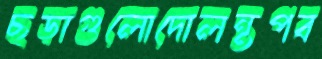
ছড়াগুলোদোলন্তপব